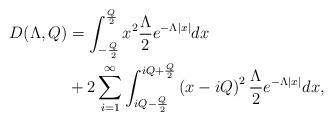
LaTeX: \begin{align*}D(\Lambda,Q) &= \int_{-\frac{Q}{2}}^{\frac{Q}{2}} x^2 \frac{\Lambda}{2}e^{-\Lambda \vert x \vert} dx \\ &+ 2\sum_{i=1}^\infty \int_{iQ-\frac{Q}{2}}^{iQ+\frac{Q}{2}} \left( x-iQ \right)^2 \frac{\Lambda}{2}e^{-\Lambda \vert x \vert} dx ,\end{align*}